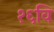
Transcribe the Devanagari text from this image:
१६वि